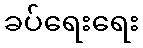
ခပ်ရေးရေး